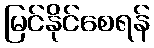
မြင်နိုင်စေရန်